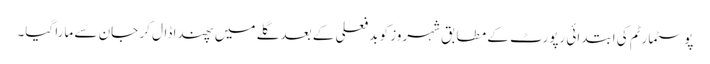
پوسٹمارٹم کی ابتدائی رپورٹ کے مطابق شہروز کو بد فعلی کے بعد گلے میں پھندا ڈال کر جان سے مارا گیا۔